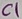
Text: C1